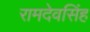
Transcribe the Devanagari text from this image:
रामदेवसिंह